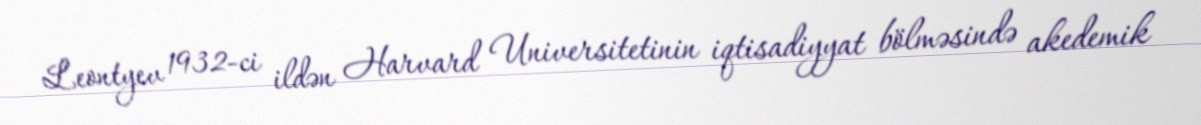
Leontyev 1932-ci ildən Harvard Universitetinin iqtisadiyyat bölməsində akedemik